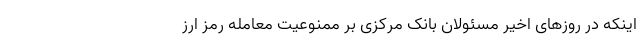
اینکه در روزهای اخیر مسئولان بانک مرکزی بر ممنوعیت معامله رمز ارز